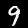
Label: 9